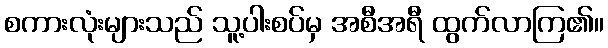
စကားလုံးများသည် သူ့ပါးစပ်မှ အစီအရီ ထွက်လာကြ၏။